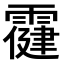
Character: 𩅋